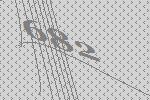
682